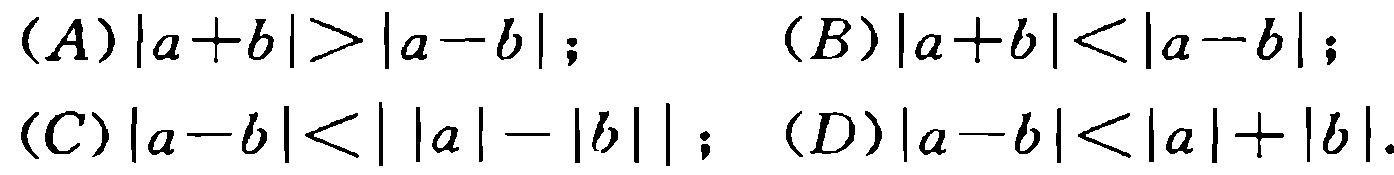
\[(A)|a + b| > |a - b|;\quad (B)|a + b| < |a - b|;\]
\[(C)|a - b| < ||a| - |b||;\quad (D)|a - b| < |a|+|b|.\]